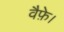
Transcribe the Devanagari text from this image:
वैफ़े।